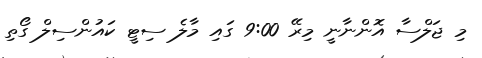
މި ޖަލްސާ އޮންނާނީ މިރޭ 9:00 ގައި މާލެ ސިޓީ ކައުންސިލް ގޯތި